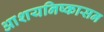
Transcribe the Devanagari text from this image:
आशयनिष्कासन